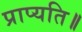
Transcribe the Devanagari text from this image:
प्राप्यति॥